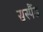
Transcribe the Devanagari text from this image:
सस्पैंड